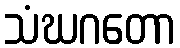
သံဃဂတော